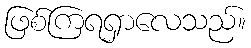
ဖြစ်ကြရရှာလေသည်။